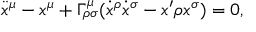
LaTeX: \ddot { x } ^ { \mu } - x ^ { \mu } + \Gamma _ { \rho \sigma } ^ { \mu } ( \dot { x } ^ { \rho } \dot { x } ^ { \sigma } - x ^ { \prime } \rho x ^ { \sigma } ) = 0 ,